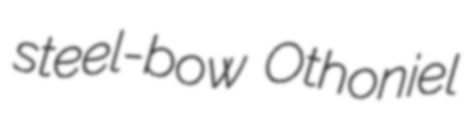
steel-bow Othoniel